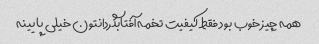
همه چیز خوب بود فقط کیفیت تخمه آفتابگردانتون خیلی پایینه